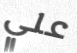
علي